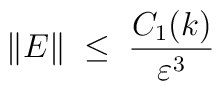
\|E\| \;\leq\; \frac{C_1(k)}{\varepsilon^3}